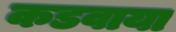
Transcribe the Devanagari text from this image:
कडवाया